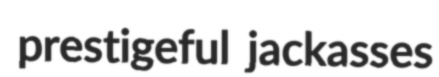
prestigeful jackasses